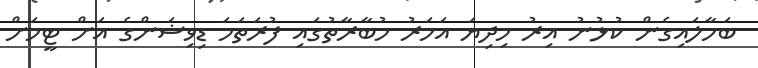
ބަހާލައިގެން ކުޅުނު އިރު މިދިޔަ އަހަރު މުބާރާތުގައި ފުރަތަމަ ޑިވިޝަންގެ އަށް ޓީމަށް